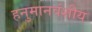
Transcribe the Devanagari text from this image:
हनुमानवंशीय